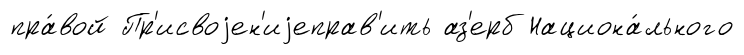
пра́вой Пр'исвоjен'иjеправ'ить аз'ерб Национа́льного